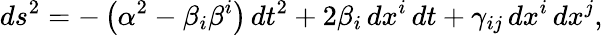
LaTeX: ds^{2}=-\left(\alpha^{2}-\beta_{i}\beta^{i}\right)\, dt^{2}+2\beta_{i}\, dx^{i}\, dt+\gamma_{ij}\, dx^{i}\, dx^{j},